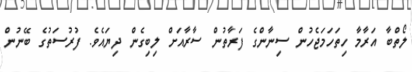
ލޯތްބާ އަރާމާ ހިތަހަމަޖެހުން ސިނާންގެ ފަރާތުން ސާރާއަށް ލިބިގެން ދިޔައެވެ. ފުރުސަތުގެ ބޭނުން